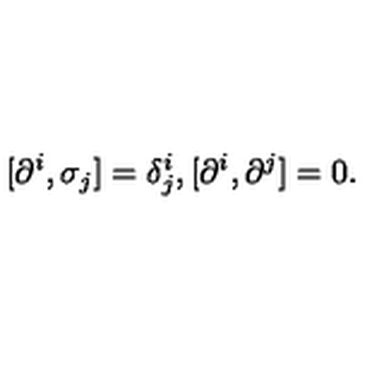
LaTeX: [ \partial ^ { i } , \sigma _ { j } ] = \delta _ { j } ^ { i } , [ \partial ^ { i } , \partial ^ { j } ] = 0 .